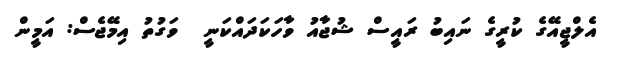
އެލްޖީއޭގެ ކުރީގެ ނައިބު ރައީސް ޝުޖާއު ވާހަކަދައްކަނީ  ވަގުތު އިމޭޖެސް: އަމީން